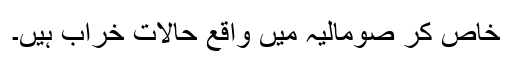
خاص کر صومالیہ میں واقع حالات خراب ہیں۔